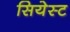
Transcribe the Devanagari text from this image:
सियेस्ट